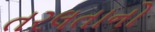
તરલતાનો